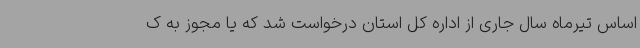
اساس تیرماه سال جاری از اداره کل استان درخواست شد که یا مجوز به ک